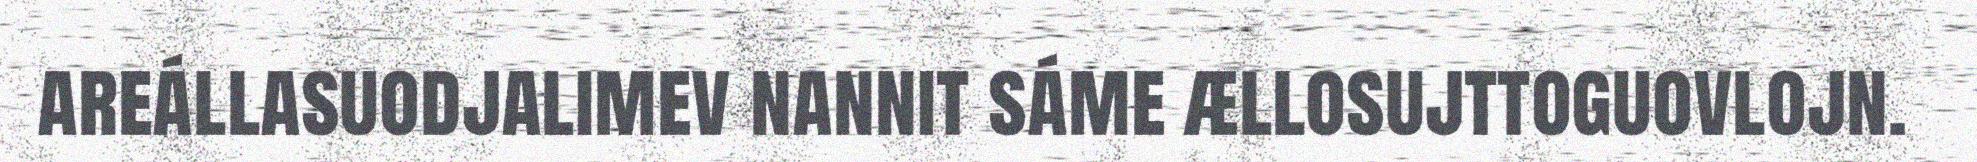
areállasuodjalimev nannit sáme ællosujttoguovlojn.